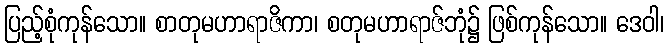
ပြည့်စုံကုန်သော။ စာတုမဟာရာဇိကာ၊ စတုမဟာရာဇ်ဘုံ၌ ဖြစ်ကုန်သော။ ဒေဝါ၊